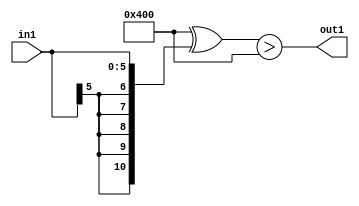
`timescale 1ps / 1ps
/*****************************************************************************
    Verilog RTL Description
    
    
    Created by: Stratus DpOpt 21.05.01 
*******************************************************************************/

module SobelFilter_Gti0s6_1 (
	in1,
	out1
	); /* architecture "behavioural" */ 
input [5:0] in1;
output  out1;
wire  asc001;

assign asc001 = ((11'B10000000000 ^ {{5{in1[5]}}, in1})>(11'B10000000000 ^ 11'B00000000000));

assign out1 = asc001;
endmodule

/* CADENCE  ubPwTQw= : u9/ySxbfrwZIxEzHVQQV8Q== ** DO NOT EDIT THIS LINE ******/